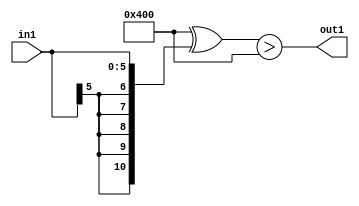
`timescale 1ps / 1ps
/*****************************************************************************
    Verilog RTL Description
    
    
    Created by: Stratus DpOpt 21.05.01 
*******************************************************************************/

module SobelFilter_Gti0s6_1 (
	in1,
	out1
	); /* architecture "behavioural" */ 
input [5:0] in1;
output  out1;
wire  asc001;

assign asc001 = ((11'B10000000000 ^ {{5{in1[5]}}, in1})>(11'B10000000000 ^ 11'B00000000000));

assign out1 = asc001;
endmodule

/* CADENCE  ubPwTQw= : u9/ySxbfrwZIxEzHVQQV8Q== ** DO NOT EDIT THIS LINE ******/